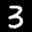
Label: 3